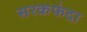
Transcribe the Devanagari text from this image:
सरकफंदा